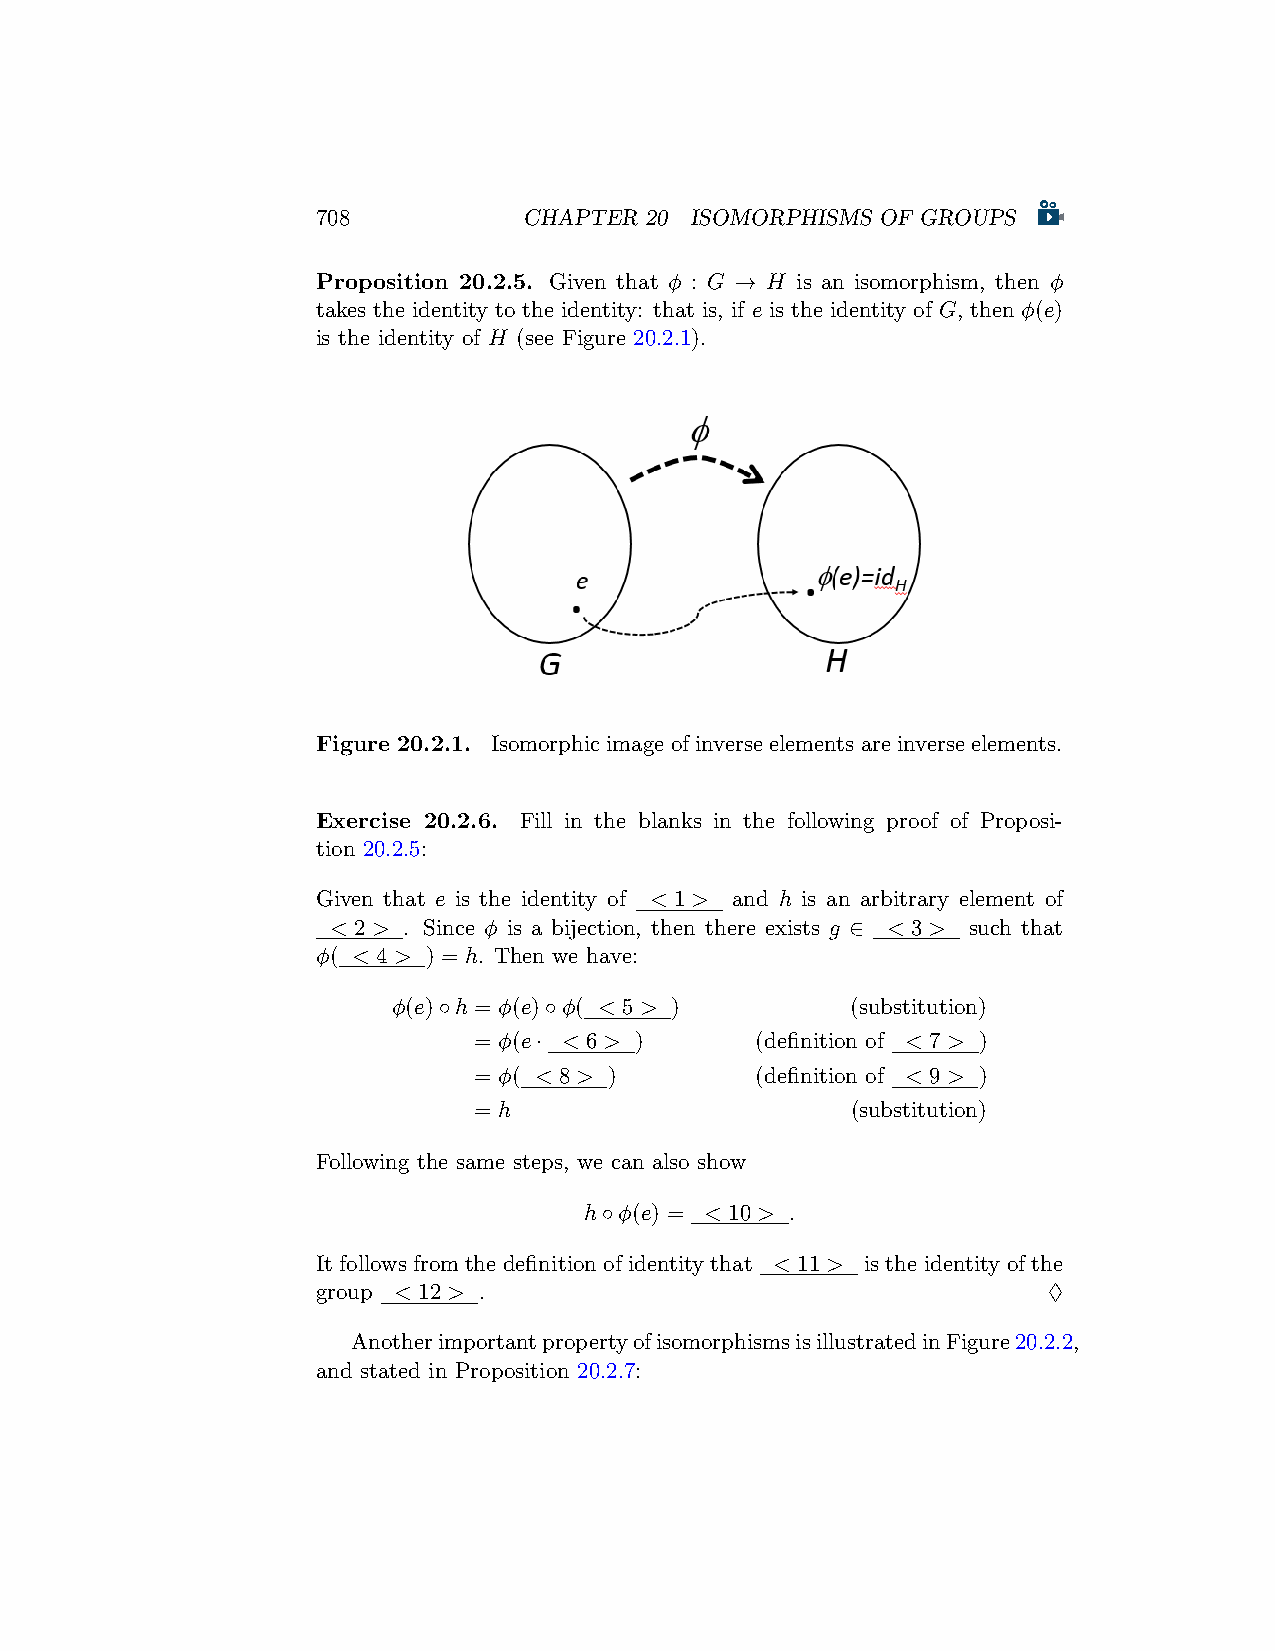
708           CHAPTER 20 ISOMORPHISMS OF GROUPS
 Proposition 20.2.5. Given that ϕ : G → H is an isomorphism, then ϕ
 takes the identity to the identity: that is, if e is the identity of G, then ϕ(e)
 is the identity of H (see Figure 20.2.1).
 Figure 20.2.1. Isomorphic image of inverse elements are inverse elements.
 Exercise 20.2.6. Fill in the blanks in the following proof of Proposi-
 tion 20.2.5:
 Given that e is the identity of < 1 > and h is an arbitrary element of
 < 2 > . Since ϕ is a bijection, then there exists g ∈ < 3 > such that
 ϕ( < 4 > ) = h. Then we have:
 ϕ(e)◦h = ϕ(e)◦ϕ( < 5 > )      (substitution)
 = ϕ(e· < 6 > )     (definition of < 7 > )
 = ϕ( < 8 > )       (definition of < 9 > )
 = h                      (substitution)
 Following the same steps, we can also show
 h◦ϕ(e) = < 10 > .
 It follows from the definition of identity that < 11 > is the identity of the
 group < 12 > .                                  ♢
 AnotherimportantpropertyofisomorphismsisillustratedinFigure20.2.2,
 and stated in Proposition 20.2.7: